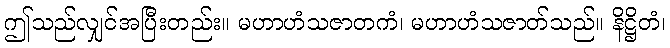
ဤသည်လျှင်အပြီးတည်း။ မဟာဟံသဇာတကံ၊ မဟာဟံသဇာတ်သည်။ နိဋ္ဌိတံ၊